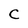
Character: C